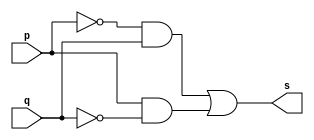
// -- PUC Minas - Instituto de Ciencias Exatas e Informatica
// -- Ciencia da Computacao - Professor Theldo Cruz
// Nome: ANA CRISTINA PEREIRA TEIXEIRA

// 06 - Construir a tabela_verdade para a porta XOR com 2 entradas
// Obs - Usar a expressao: a'b+a b' na definicao do modulo

// Exercicio006 - xor - a'b + ab'

// --------------------- 
// -- xor gate 
// --------------------- 
module xorgate (output s, input p, input q);
	assign s = (~p & q) | (p & ~q); // vinculo permanente
	
	// assign s = (p | q) & (~p | ~q);
	
endmodule // xor

// --------------------- 
// -- test xorgate 
// --------------------- 
module testxorgate;
	// ------------------------- dados locais
	reg a, b; // definir registrador
	wire s; // definir conexao (fio)
	
	// ------------------------- instancia
	xorgate XOR1 (s, a, b);
	
	// ------------------------- preparacao
	initial begin:start
		a = 0;
		b = 0;
	end
	
	// ------------------------- parte principal
	initial begin:main
		$display("Exercicio 0006 - ANA CRISTINA - 427385");
		$display("Test xor gate");
		$display("\n ((~a) & b) | (a & (~b)) = s\n");
		
		$monitor("\t%b \t%b = %b", a, b, s);
		#1 a = 0; b = 0;
		#1 a = 0; b = 1;
		#1 a = 1; b = 0;
		#1 a = 1; b = 1;
	end
endmodule // testxorgate

// -- Testes
// Exercicio 0006 - ANA CRISTINA - 427385
// Test xor gate
// ((~a) & b) | (a & (~b)) = s
// 	0 	0 = 0
// 	0 	1 = 1
// 	1 	0 = 1
// 	1 	1 = 0

// ((~a) & b) | (a & (~b))
// resultados esperados
// ((~0) & 0) | (0 & (~0)) = ((1) & 0) | (0 & (1)) = (0) | (0) = 0
// ((~0) & 1) | (0 & (~1)) = ((1) & 1) | (0 & (0)) = (1) | (0) = 1
// ((~1) & 0) | (1 & (~0)) = ((0) & 0) | (1 & (1)) = (0) | (1) = 1
// ((~1) & 1) | (1 & (~1)) = ((0) & 1) | (1 & (0)) = (0) | (0) = 0